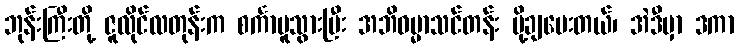
ဘုန်းကြီးတို့ ဇူလိုင်လတုန်းက စင်္ကာပူသွားပြီး အဘိဓမ္မာသင်တန်း ပို့ချပေးတယ်၊ အဲဒီမှာ ဒကာ